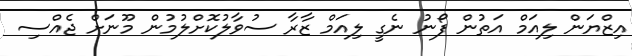
އިޒްޔަން ލިއަމް އަތުން ފޯނު ނެގީ ލިއަމް ޒާރާ ސުވާލުކޮށްލުމުން މޫނަށް ޖެއްސި